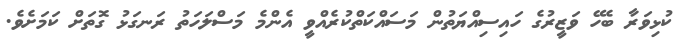
ކުޅިވަރާ ބެހޭ ވަޒީރުގެ ހައިސިއްޔަތުން މަސައްކަތްކުރެއްވީ އެންމެ މަސްލަހަތު ރަނގަޅު ގޮތަށް ކަމަށެވެ.